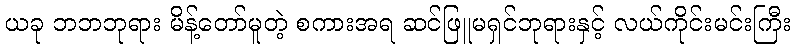
ယခု ဘဘဘုရား မိန့်တော်မူတဲ့ စကားအရ ဆင်ဖြူမရှင်ဘုရားနှင့် လယ်ကိုင်းမင်းကြီး